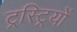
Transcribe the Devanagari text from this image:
ट्रस्ट्रियों